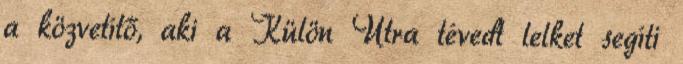
a közvetítő, aki a Külön Útra tévedt lelket segíti